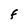
Character: F